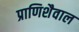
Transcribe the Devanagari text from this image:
प्राणिशैवाल